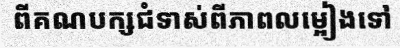
ពីគណបក្សជំទាស់ពីភាពលម្អៀងទៅ